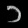
Digit: ၁